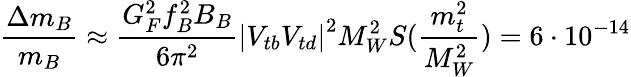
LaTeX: \frac{\Delta m_{B}}{m_{B}}\approx\frac{G_{F}^{2}f_{B}^{2}B_{B}}{6\pi^{2}}\left|V_{tb}V_{td}\right|^{2}M_{W}^{2}S(\frac{m_{t}^{2}}{M_{W}^{2}})=6\cdot 10^{-14}